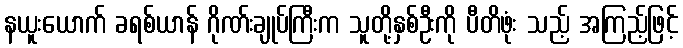
နယူးယောက် ခရစ်ယာန် ဂိုဏ်းချုပ်ကြီးက သူတို့နှစ်ဦးကို ပီတိဖုံး သည့် အကြည့်ဖြင့်